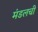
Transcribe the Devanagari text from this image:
मंडलची